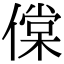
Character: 㒉